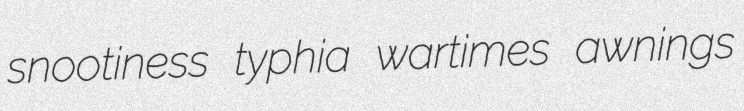
snootiness typhia wartimes awnings